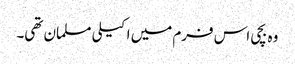
وہ بچی اس فرم میں اکیلی مسلمان تھی۔